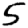
Digit: 5